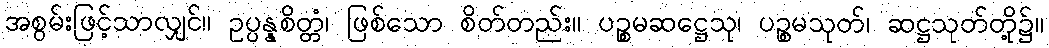
အစွမ်းဖြင့်သာလျှင်။ ဥပ္ပန္နစိတ္တံ၊ ဖြစ်သော စိတ်တည်း။ ပဉ္စမဆဋ္ဌေသု၊ ပဉ္စမသုတ်၊ ဆဋ္ဌသုတ်တို့၌။